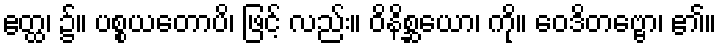
ဧတ္ထ၊ ၌။ ပစ္စယတောပိ၊ ဖြင့် လည်း။ ဝိနိစ္ဆယော၊ ကို။ ဝေဒိတဗ္ဗော၊ ၏။